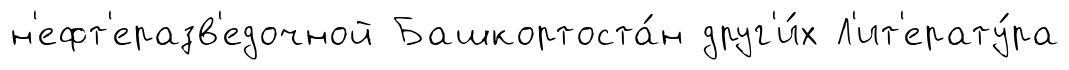
н'ефт'еразв'едочной Башкортоста́н друг'и́х Л'ит'ерату́ра